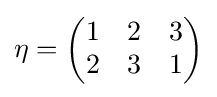
\eta ={\begin{pmatrix}1&2&3\\2&3&1\end{pmatrix}}